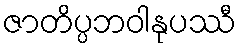
ဇာတိပ္ပဘဝါနုပဿီ